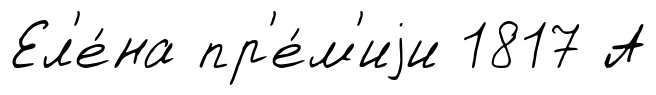
Ел'е́на пр'е́м'иjи 1817 А